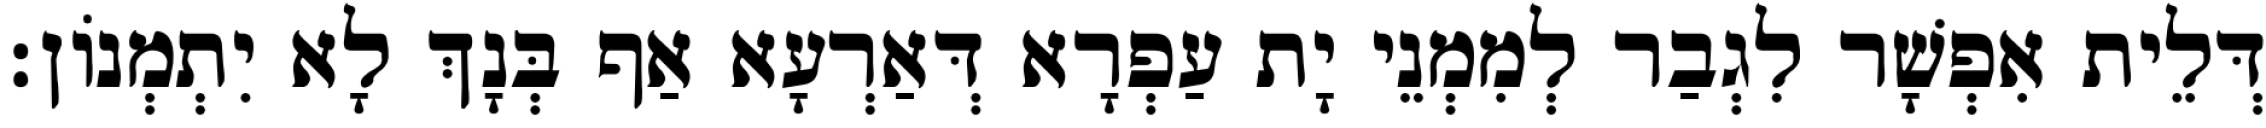
דְּלֵית אִפְשָׁר לִגְבַר לְמִמְנֵי יָת עַפְרָא דְּאַרְעָא אַף בְּנָךְ לָא יִתְמְנוֹן׃